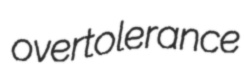
overtolerance